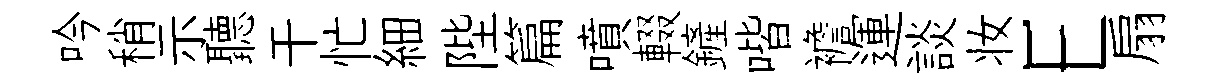
吟稍示聽干忙細陛篇噴輟鏟喈襜運談妆E扇